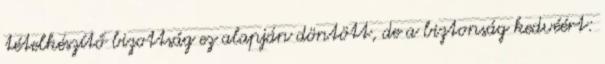
tételkészítő bizottság ez alapján döntött, de a biztonság kedvéért: